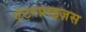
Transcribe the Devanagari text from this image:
एंटरप्राइज़स